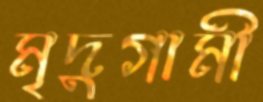
মৃদুগামী